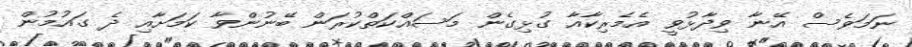
ނަމަވެސް އޭނާ ވިދާޅުވީ އެމެރިކާއާ ގުޅިގެން މަސައްކަތްކުރަން ބޭނުންވާ ކަމަށާއި ދެ ގައުމުން